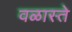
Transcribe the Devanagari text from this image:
वळास्ते